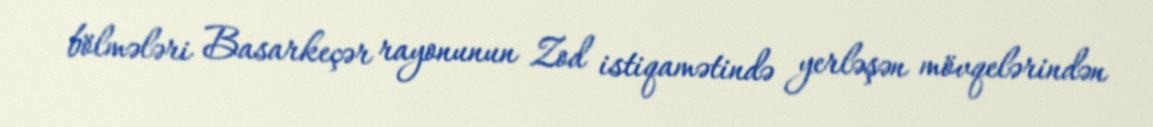
bölmələri Basarkeçər rayonunun Zod istiqamətində yerləşən mövqelərindən